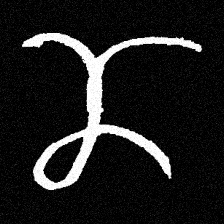
Pyu character \u2014 Myanmar letter: ဏ (romanized: nna)